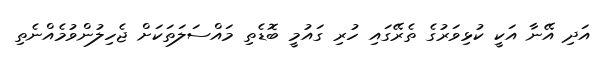
އަދި އޭނާ އަކީ ކުޅިވަރުގެ ތެރޭގައި ހުރި ގައުމީ ބޮޑެތި މައްސަލަތަކަށް ޖެހިލުންވުމެއްނެތި